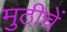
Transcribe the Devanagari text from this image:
मुठीचें